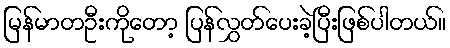
မြန်မာတဦးကိုတော့ ပြန်လွှတ်ပေးခဲ့ပြီးဖြစ်ပါတယ်။